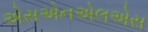
એસએનએલએસ